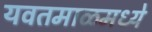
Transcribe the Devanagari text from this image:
यवतमाळमध्ये